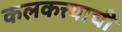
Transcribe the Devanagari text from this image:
कलकत्त्याची